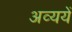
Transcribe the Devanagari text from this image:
अव्ययें